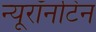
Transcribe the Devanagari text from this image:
न्यूरॉनटिन